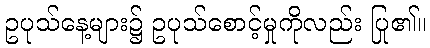
ဥပုသ်နေ့များ၌ ဥပုသ်စောင့်မှုကိုလည်း ပြု၏။